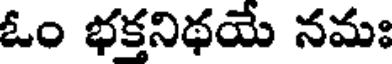
ఓం భక్తనిథయే నమః